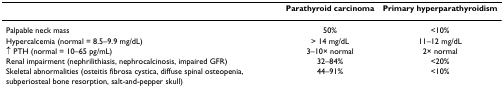
|  | Parathyroid carcinoma | Primary hyperparathyroidism |
 | --- | --- | --- |
 | Palpable neck mass | 50% | <10% |
 | Hypercalcemia (normal = 8.5–9.9 mg/dL) | > 14 mg/dL | 11–12 mg/dL |
 | ↑ PTH (normal = 10–65 pg/mL) | 3–10× normal | 2× normal |
 | Renal impairment (nephrilithiasis, nephrocalcinosis, impaired GFR) | 32–84% | <20% |
 | Skeletal abnormalities (osteitis fibrosa cystica, diffuse spinal osteopenia, subperiosteal bone resorption, salt-and-pepper skull) | 44–91% | <10% |